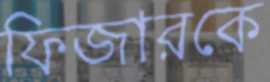
ফিজারকে